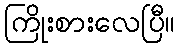
ကြိုးစားလေပြီ။